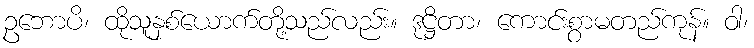
ဥဘောပိ၊ ထိုသူနှစ်ယောက်တို့သည်လည်း။ ဒုဋ္ဌိတာ၊ ကောင်းစွာမတည်ကုန်။ ဝါ၊